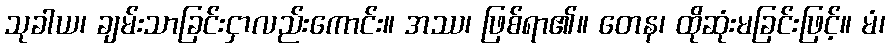
သုခါယ၊ ချမ်းသာခြင်းငှာလည်းကောင်း။ အဿ၊ ဖြစ်ရာ၏။ တေန၊ ထိုဆုံးမခြင်းဖြင့်။ မံ၊